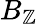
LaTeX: B_{\mathbb{Z}}